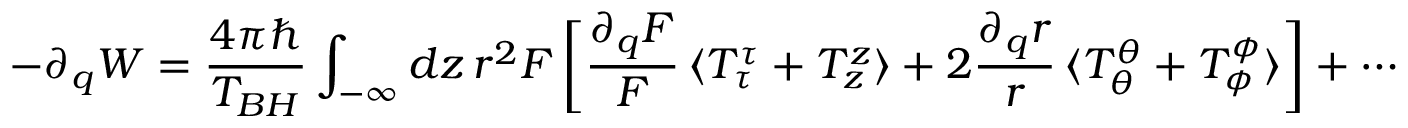
- \partial _ { q } W = \frac { 4 \pi \hbar } { T _ { B H } } \int _ { - \infty } d z \, r ^ { 2 } F \, \biggl [ \frac { \partial _ { q } F } { F } \, \langle T _ { \tau } ^ { \tau } + T _ { z } ^ { z } \rangle + 2 \frac { \partial _ { q } r } { r } \, \langle T _ { \theta } ^ { \theta } + T _ { \phi } ^ { \phi } \rangle \biggr ] + \cdots